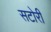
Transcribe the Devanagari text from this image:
सटोरी